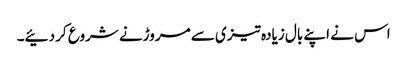
اس نے اپنے بال زیادہ تیزی سے مروڑنے شروع کر دئیے۔